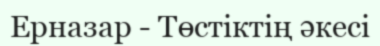
Ерназар - Төстіктің әкесі